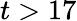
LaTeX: t>17